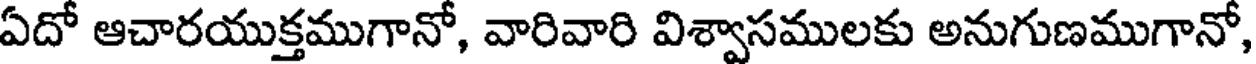
ఏదో ఆచారయుక్తముగానో, వారివారి విశ్వాసములకు అనుగుణముగానో,